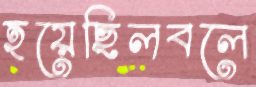
হয়েছিলবলে